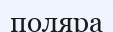
поляра